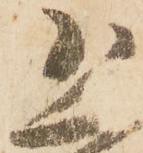
恐